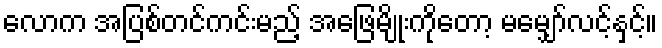
လောက အပြစ်တင်ကင်းမည့် အဖြေမျိုးကိုတော့ မမျှော်လင့်နှင့်။